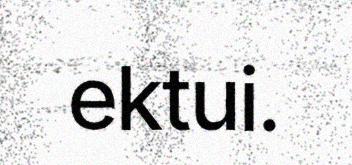
ektui.